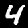
Label: 4